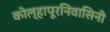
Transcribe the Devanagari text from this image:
कोल्हापूरनिवासिनी